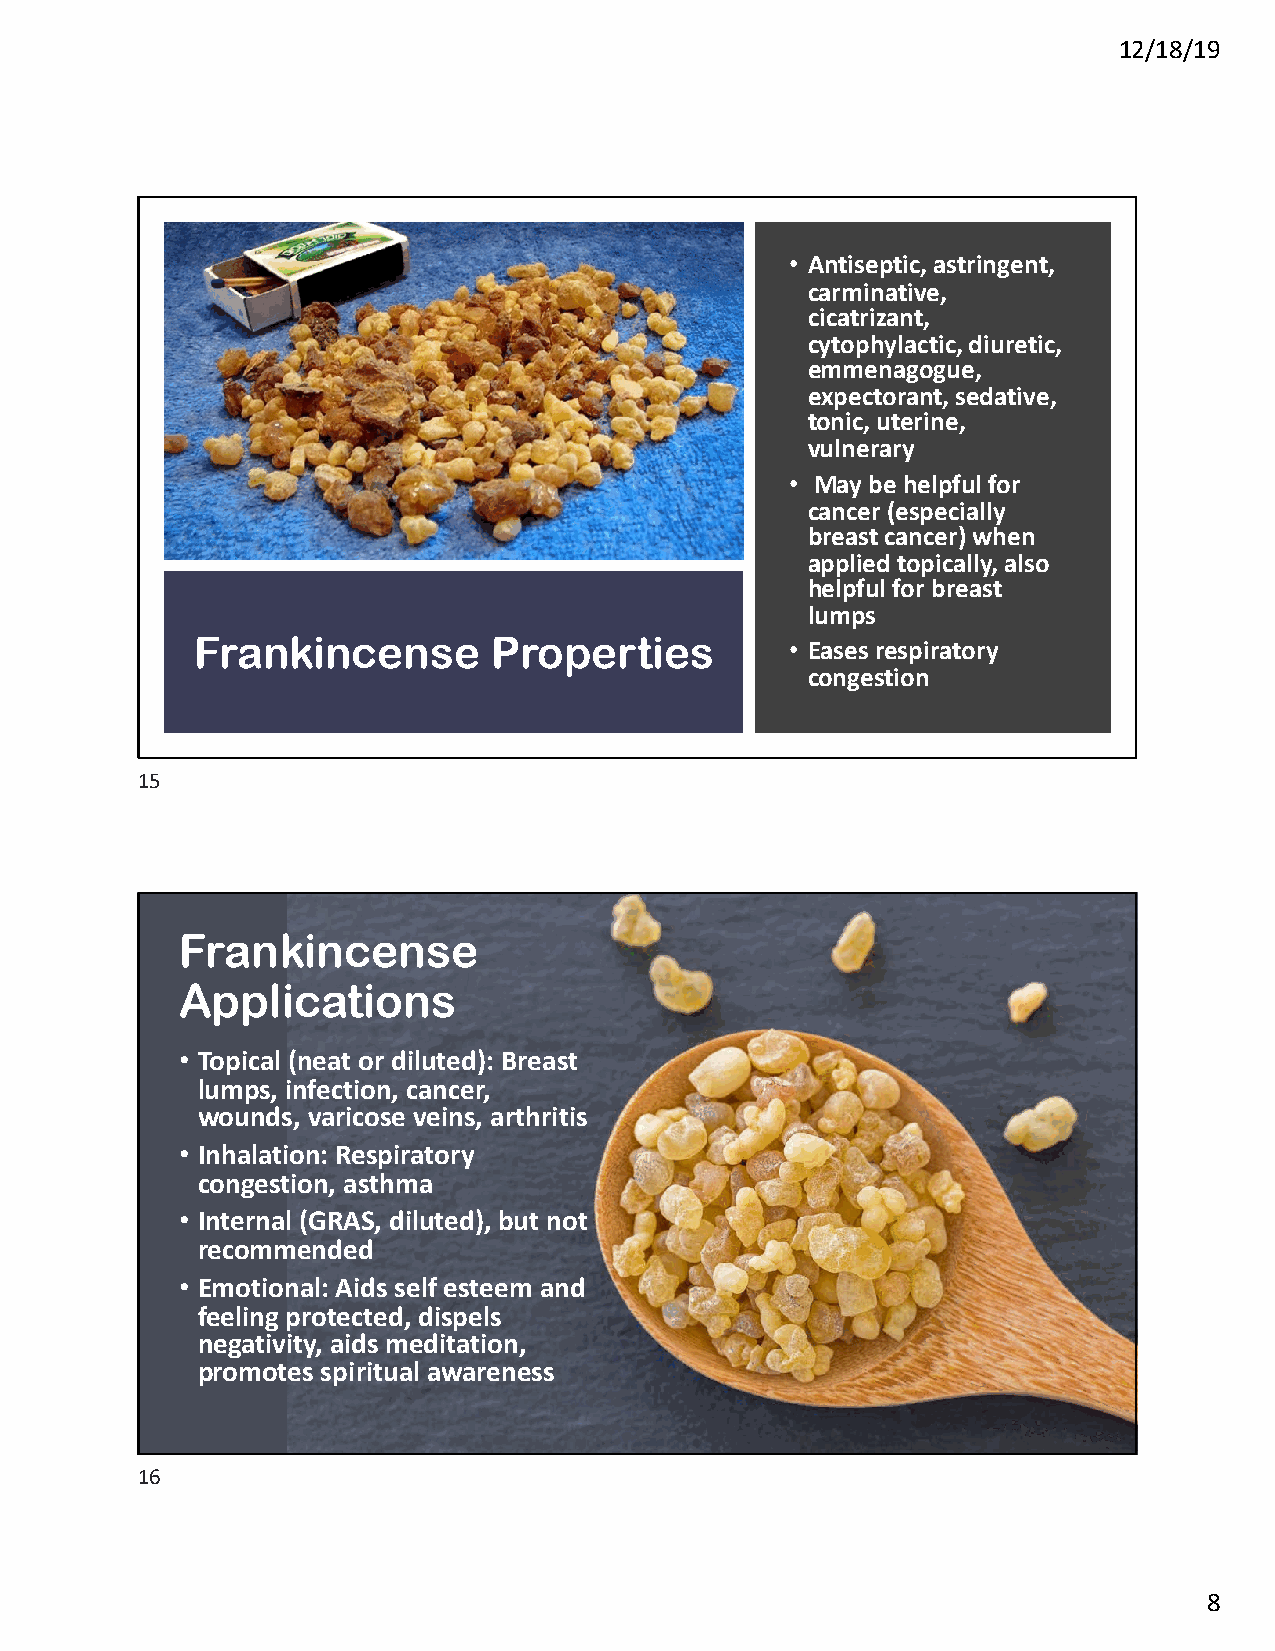
12/18/19
 • Antiseptic, astringent,
 carminative,
 cicatrizant,
 cytophylactic, diuretic,
 emmenagogue,
 expectorant, sedative,
 tonic, uterine,
 vulnerary
 • May be helpful for
 cancer (especially
 breast cancer) when
 applied topically, also
 helpful for breast
 lumps
 Frankincense       Properties          • Eases respiratory
 congestion
 15
 Frankincense
 Applications
 • Topical (neat or diluted): Breast
 lumps, infection, cancer,
 wounds, varicose veins, arthritis
 • Inhalation: Respiratory
 congestion, asthma
 • Internal (GRAS, diluted), but not
 recommended
 • Emotional: Aids self esteem and
 feeling protected, dispels
 negativity, aids meditation,
 promotes spiritual awareness
 16
 8